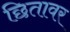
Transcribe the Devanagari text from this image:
छितावर